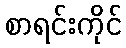
စာရင်းကိုင်